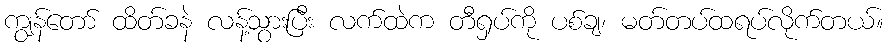
ကျွန်တော် ထိတ်ခနဲ လန့်သွားပြီး လက်ထဲက တီရှပ်ကို ပစ်ချ၊ မတ်တပ်ထရပ်လိုက်တယ်။